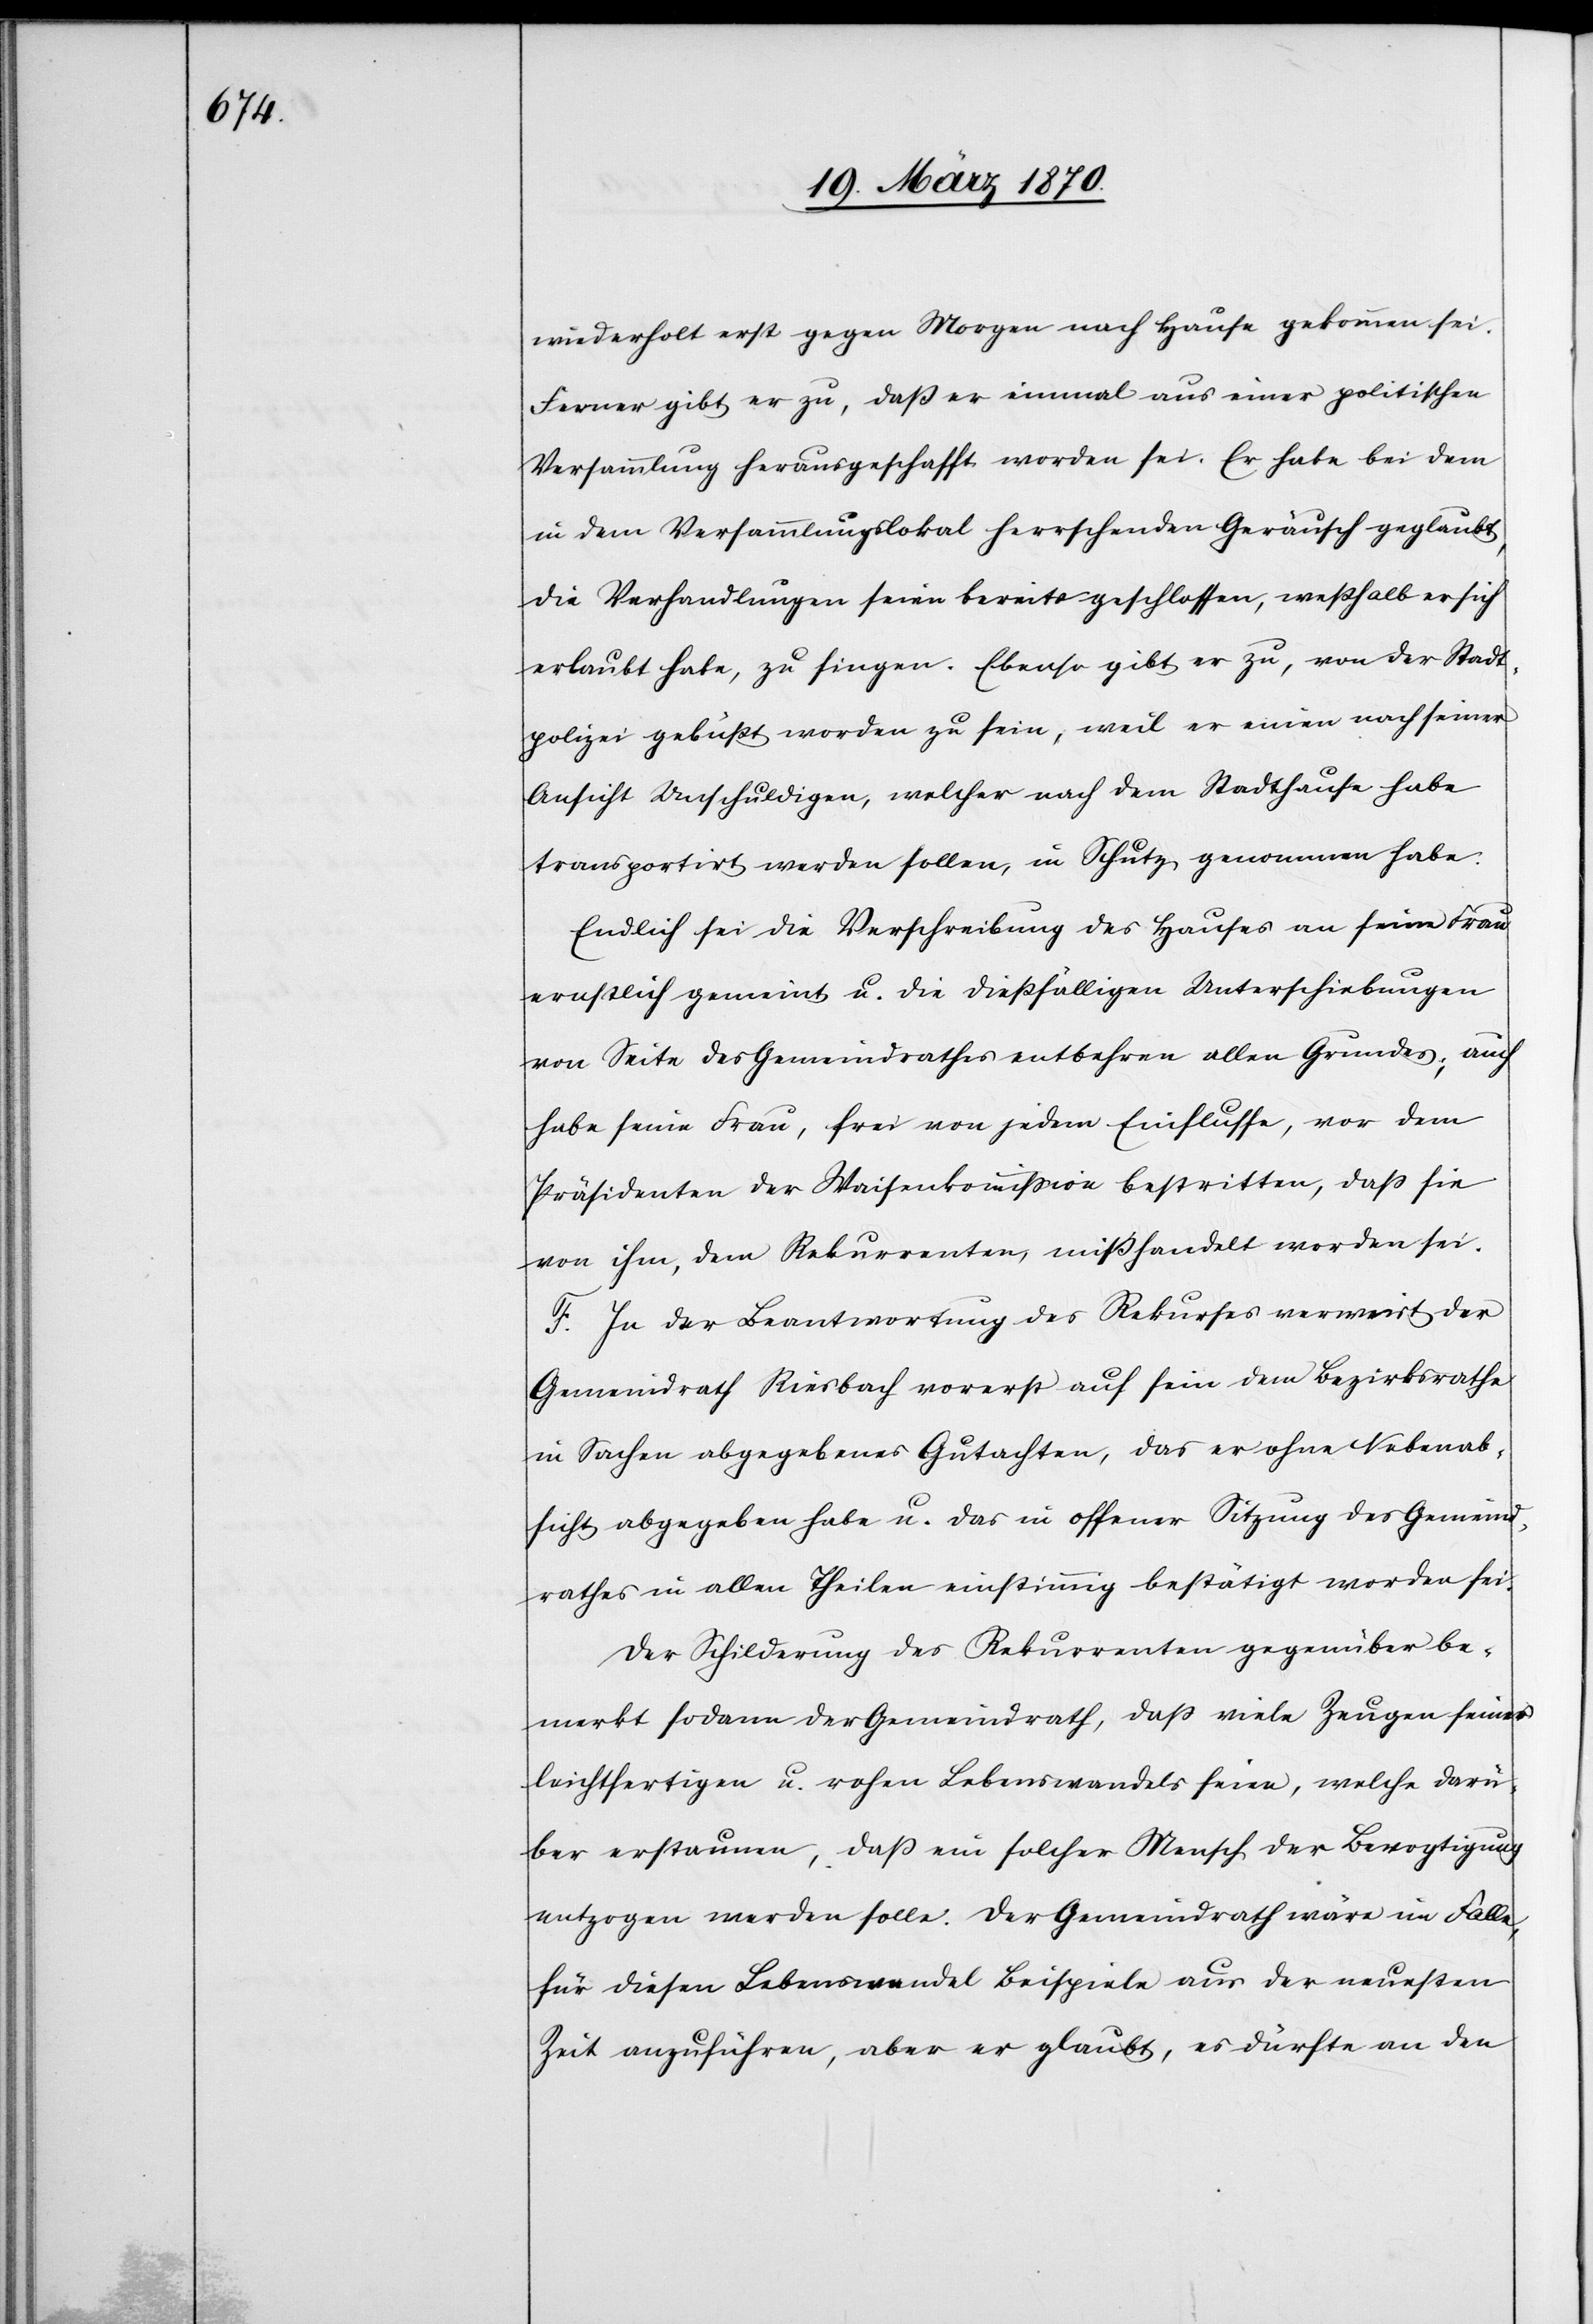
wiederholt erst gegen Morgen nach Hause gekommen sei.
Ferner gibt er zu, daß er einmal aus einer politischen
Versammlung herausgeschafft worden sei. Er habe bei dem
in dem Versammlungslokal herrschenden Geräusch geglaubt,
die Verhandlungen seien bereits geschlossen, weßhalb er sich
erlaubt habe, zu singen. Ebenso gibt er zu, von der Stadt¬
polizei gebüßt worden zu sein, weil er einen nach seiner
Ansicht Unschuldigen, welcher nach dem Stadthause habe
transportirt werden sollen, in Schutz genommen habe.
Endlich sei die Verschreibung des Hauses an seine Frau
ernstlich gemeint u. die dießfälligen Unterschiebungen
von Seite des Gemeindrathes entbehren allen Grundes; auch
habe seine Frau, frei von jedem Einflusse, vor dem
Präsidenten der Waisenkommission bestritten, daß sie
von ihm, dem Rekurrenten, mißhandelt worden sei.
F. In der Beantwortung des Rekurses verweist der
Gemeindrath Riesbach vorerst auf sein dem Bezirksrathe
in Sachen abgegebenes Gutachten, das er ohne Nebenab¬
sicht abgegeben habe u. das in offener Sitzung des Gemeind¬
rathes in allen Theilen einstimmig bestätigt worden sei.
Der Schilderung des Rekurrenten gegenüber be¬
merkt sodann der Gemeindrath, daß viele Zeugen seines
leichtfertigen u. rohen Lebenswandels seien, welche darü¬
ber erstaunen, daß ein solcher Mensch der Bevogtigung
entzogen werden solle. Der Gemeindrath wäre im Falle,
für diesen Lebenswandel Beispiele aus der neuesten
Zeit anzuführen, aber er glaubt, es dürfte an den